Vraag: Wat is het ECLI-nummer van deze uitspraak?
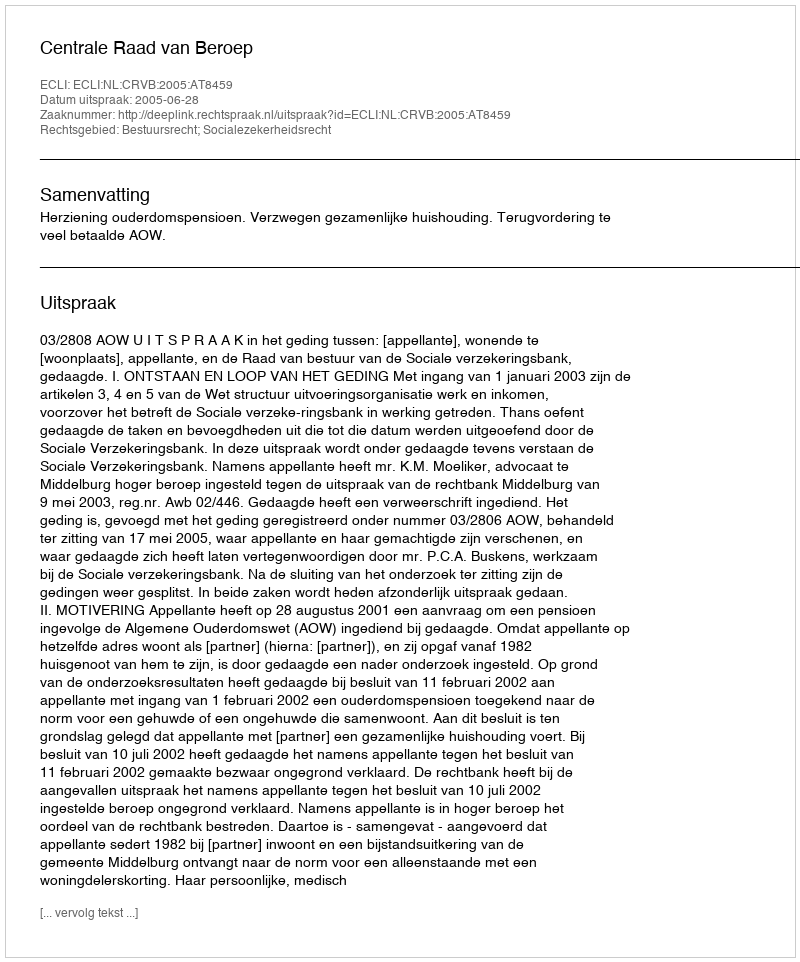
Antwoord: ECLI:NL:CRVB:2005:AT8459